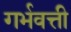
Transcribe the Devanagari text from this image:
गर्भवत्ती